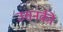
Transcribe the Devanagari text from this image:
उसनकी